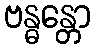
ဗန္ဓန္တော